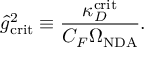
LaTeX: \hat { g } _ { \mathrm { c r i t } } ^ { 2 } \equiv \frac { \kappa _ { D } ^ { \mathrm { c r i t } } } { C _ { F } \Omega _ { \mathrm { N D A } } } .